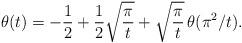
LaTeX: \begin{align*}\theta(t)=-\frac{1}{2}+\frac{1}{2}\sqrt{\frac{\pi}{t}}+\sqrt{\frac{\pi}{t}}\,\theta(\pi^2/t).\end{align*}